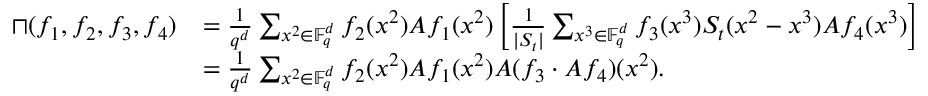
\begin{array} { r l } { \sqcap ( f _ { 1 } , f _ { 2 } , f _ { 3 } , f _ { 4 } ) } & { = \frac { 1 } { q ^ { d } } \sum _ { x ^ { 2 } \in \mathbb F _ { q } ^ { d } } f _ { 2 } ( x ^ { 2 } ) A f _ { 1 } ( x ^ { 2 } ) \left[ \frac { 1 } { | S _ { t } | } \sum _ { x ^ { 3 } \in \mathbb F _ { q } ^ { d } } f _ { 3 } ( x ^ { 3 } ) S _ { t } ( x ^ { 2 } - x ^ { 3 } ) A f _ { 4 } ( x ^ { 3 } ) \right] } \\ & { = \frac { 1 } { q ^ { d } } \sum _ { x ^ { 2 } \in \mathbb F _ { q } ^ { d } } f _ { 2 } ( x ^ { 2 } ) A f _ { 1 } ( x ^ { 2 } ) A ( f _ { 3 } \cdot A f _ { 4 } ) ( x ^ { 2 } ) . } \end{array}